Civil Veterinary Department. Madras. Admin. report 1926-33 - 1926-1933
Year: 1926
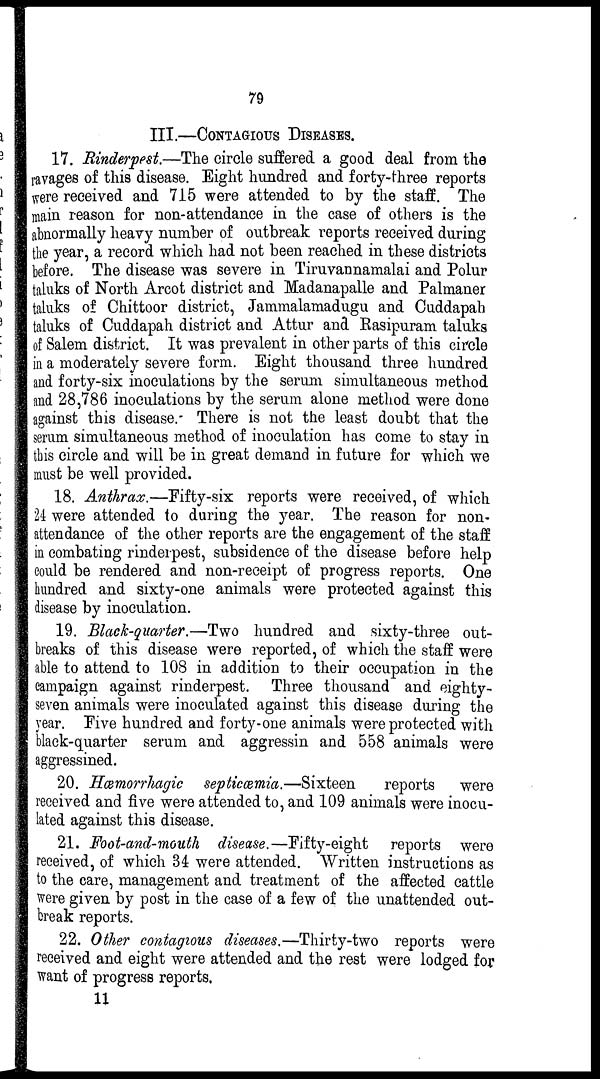
79
III.—CONTAGIOUS DISEASES.
17. Rinderpest—The circle suffered a good deal from the
ravages of this disease. Eight hundred and forty-three reports
were received and 715 were attended to by the staff. The
main reason for non-attendance in the case of others is the
abnormally heavy number of outbreak reports received during
the year, a record which had not been reached in these districts
before. The disease was severe in Tiruvaunamalai and Polur
taluks of North Arcot district and Madanapalle and Palmaner
taluks of Chittoor district, Jammalamadugu and Cuddapah
taluks of Cuddapah district and Attur and Rasipuram taluks
of Salem district. It was prevalent in other parts of this circle
in a moderately severe form. Eight thousand three hundred
and forty-six inoculations by the serum simultaneous method
and 28,786 inoculations by the serum alone method were done
against this disease. There is not the least doubt that the
serum simultaneous method of inoculation has come to stay in
this circle and will be in great demand in future for which we
must be well provided.
18. Anthrax.—Fifty-six reports were received, of which
24 were attended to during the year. The reason for non-
attendance of the other reports are the engagement of the staff
in combating rinderpest, subsidence of the disease before help
could be rendered and non-receipt of progress reports. One
hundred and sixty-one animals were protected against this
disease by inoculation.
19. Black-quarter.—Two hundred and sixty-three out-
breaks of this disease were reported, of which the staff were
able to attend to 108 in addition to their occupation in the
campaign against rinderpest. Three thousand and eighty-
seven animals were inoculated against this disease during the
year. Five hundred and forty-one animals were protected with
black-quarter serum and aggressin and 558 animals were
aggressined.
20. Hæmorrhagic septicæmia.—Sixteen reports were
received and five were attended to, and 109 animals were inocu-
lated against this disease.
21. Foot-and-mouth disease.—Fifty-eight reports were
received, of which 34 were attended. Written instructions as
to the care, management and treatment of the affected cattle
were given by post in the case of a few of the unattended out-
break reports.
22. Other contagious diseases.—Thirty-two reports were
received and eight were attended and the rest were lodged for
want of progress reports.
11